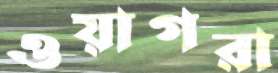
ওয়াগরা